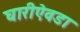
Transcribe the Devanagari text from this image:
घारीऐवडा